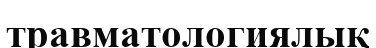
травматологиялық